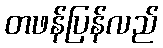
တဖန်ပြန်လည်